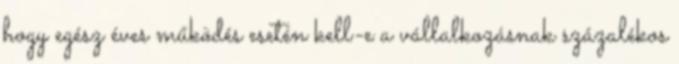
hogy egész éves működés esetén kell-e a vállalkozásnak százalékos